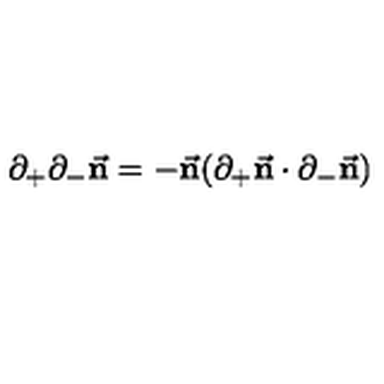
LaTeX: \partial _ { + } \partial _ { - } { \vec { \bf n } } = - { \vec { \bf n } } ( \partial _ { + } { \vec { \bf n } } \cdot \partial _ { - } { \vec { \bf n } } )